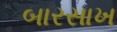
બારસાખ